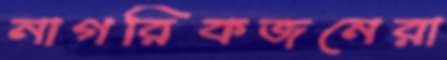
নাগরিকজনেরা